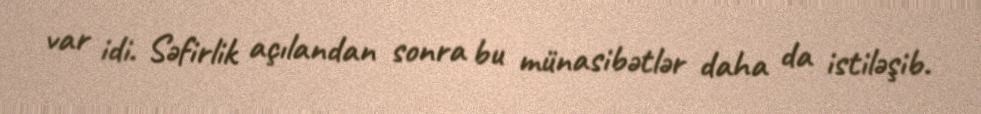
var idi. Səfirlik açılandan sonra bu münasibətlər daha da istiləşib.